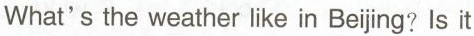
What's the weather like in Bejing? Is it